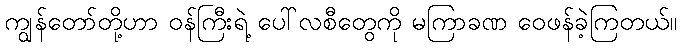
ကျွန်တော်တို့ဟာ ဝန်ကြီးရဲ့ ပေါ်လစီတွေကို မကြာခဏ ဝေဖန်ခဲ့ကြတယ်။